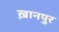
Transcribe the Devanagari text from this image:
ख़ानपुर